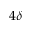
4 \delta